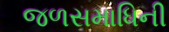
જળસમાધિની